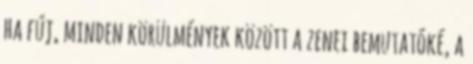
ha fúj, minden körülmények között a zenei bemutatóké, a